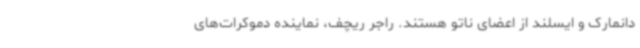
دانمارک و ایسلند از اعضای ناتو هستند. راجر ریچف، نماینده دموکرات‌های